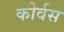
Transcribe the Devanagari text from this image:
कोर्वस